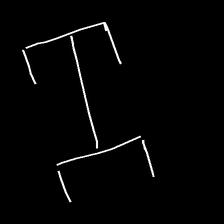
Glyph: entwine